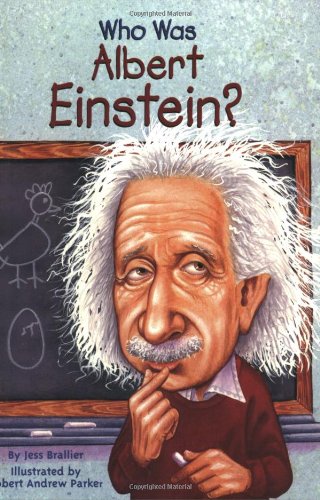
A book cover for Who Was Albert Einstein?; Jess Brallier; Children's Books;